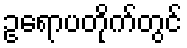
ဥရောပတိုက်တွင်